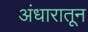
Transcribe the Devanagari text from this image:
अंधारातून